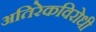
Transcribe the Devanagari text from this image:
अतिरेकविरोधी